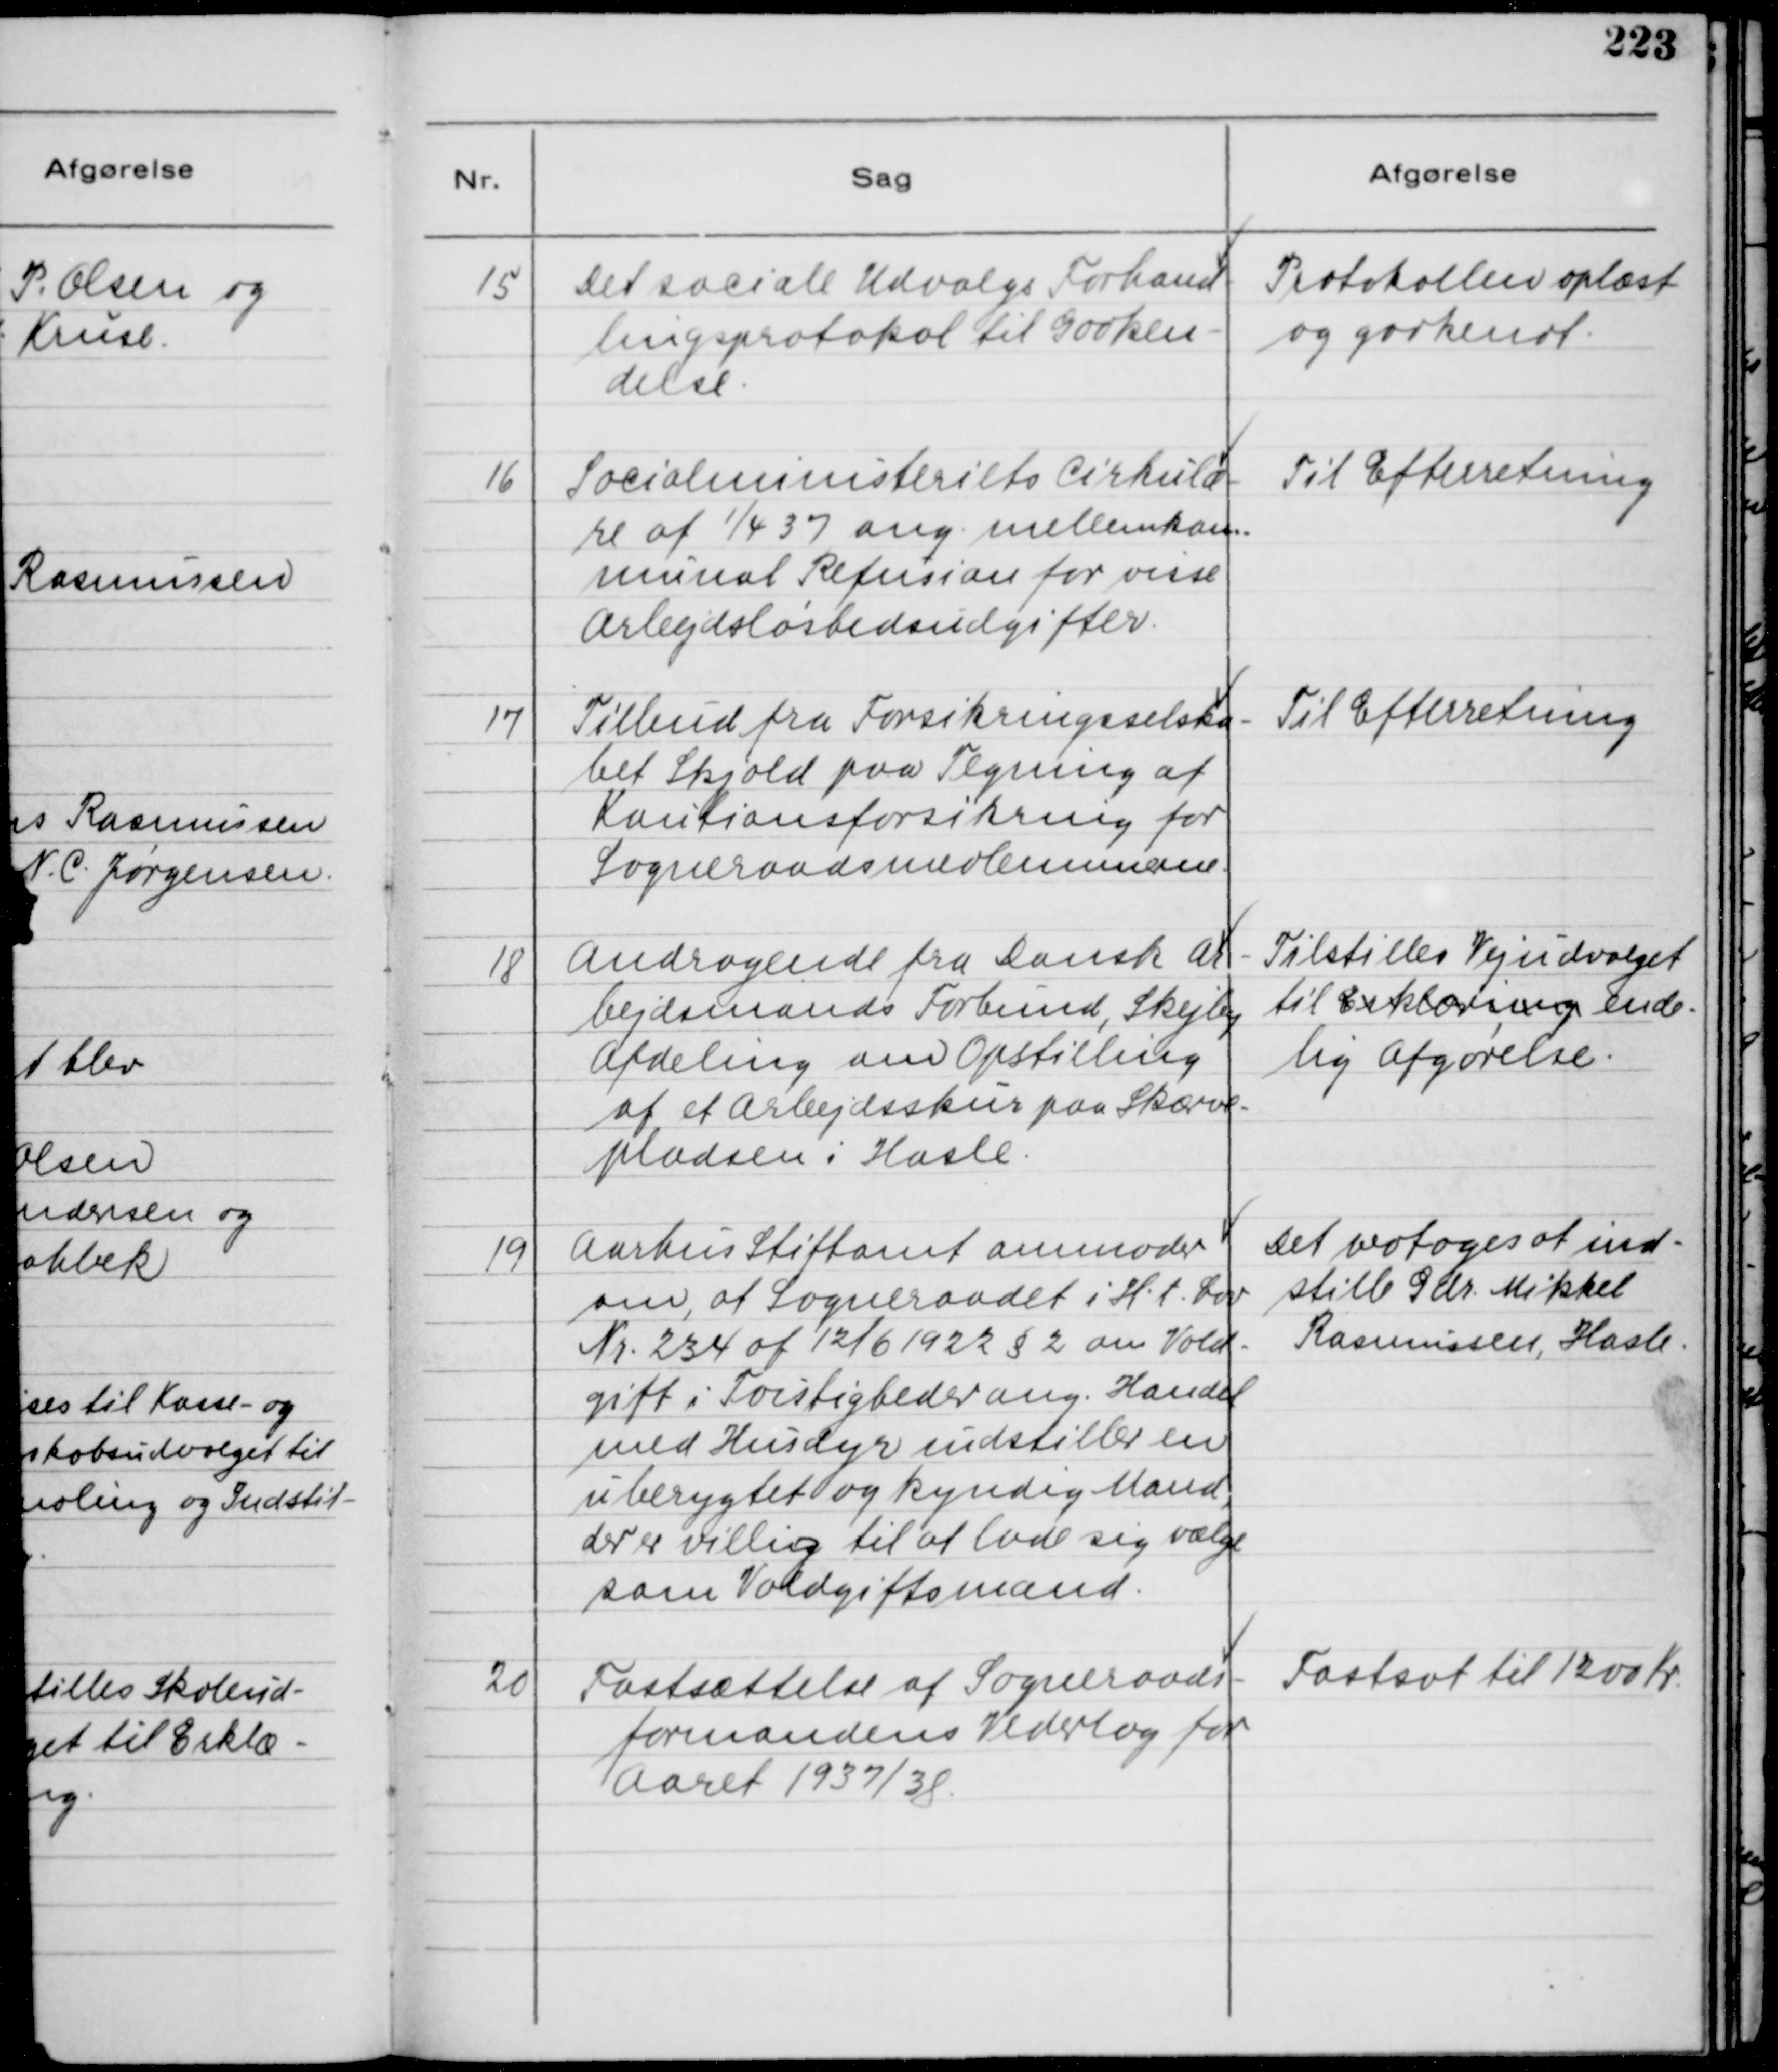
Transskription:
15
Det sociale Udvalgs Forhand-
lingsprotokol til Godken-
delse.

Protokollen oplæst
og godkendt.

16
Socialministeriets Cirkulær-
re af 1/4 37 ang. mellemkom-
munal Refusion for visse
Arbejdsløshedsudgifter.

Til Efterretning

17
Tilbud fra Forsikringsselska-
bet Skjold paa Tegning af
Kautionsforsikring for
Sogneraadsmedlemmer.

Til Efterretning

18
Andragende fra Dansk Ar-
vejdsmands Forbund, Skejby
Afdeling om Opstilling
af et Arbejdsskur paa Skærve-
pladsen i Hasle.

Tilstilles Vejudvalget
til Erklæring ende-
lig Afgørelse.

19
Aarhus Stiftamt amnoder
om, at Sogneraadet i H. t. Lov
Nr. 234 af 12/6 1922 § 2 om Vold-
gift i Forstigheder ang. Handel
med Husdyr indstiller en
uberygtet og kyndig Mand,
der er villig til at lade sig vælge
som Voldgiftsmand.

Det vedtoges af ind-
stille Gdr. Mikkel
Rasmussen, Hasle.

20
Fastsættelse af Sogneraads-
formandens Vederlag for
Aaret 1937/38.

Fastsat til 1200 Kr.